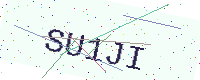
Text: SU1JI